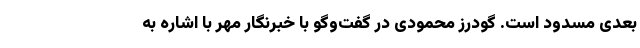
بعدی مسدود است. گودرز محمودی در گفت‌وگو با خبرنگار مهر با اشاره به